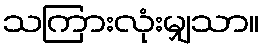
သကြားလုံးမျှသာ။